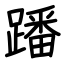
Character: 蹯